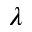
\lambda